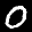
Label: 0